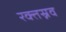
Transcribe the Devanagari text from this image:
रक्तस्नव